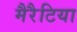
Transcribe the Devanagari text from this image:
मैरैटिया